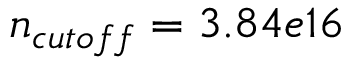
n _ { c u t o f f } = 3 . 8 4 e 1 6